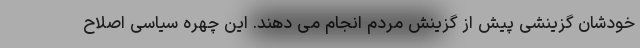
خودشان گزینشی پیش از گزینش مردم انجام می دهند. این چهره سیاسی اصلاح